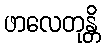
ဖာလေတုန္တိ